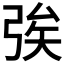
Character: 𢏦